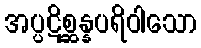
အပ္ပဋိစ္ဆန္နပရိဝါသော